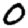
Digit: 0